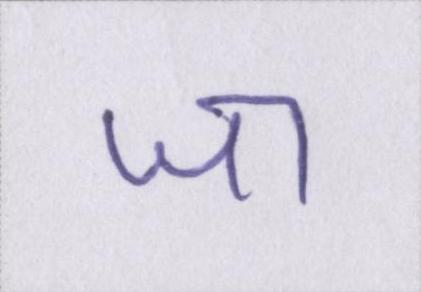
जा